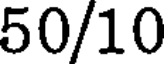
50/10